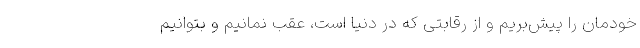
خودمان را پیش‌بریم و از رقابتی که در دنیا است، عقب نمانیم و بتوانیم